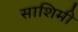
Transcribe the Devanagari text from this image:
साशिमी